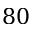
8 0